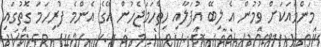
މަންމައަކަށް ވުމުން އެ ލިބޭ އުފަލާއި ހިތްހަމަޖެހުން އޭގެ އެންމެ ފުރިހަމަ ގޮތުގައި